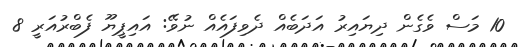
10 މަސް ވެގެން ދިޔައިރު އަދަބެއް ދެވިފައެއް ނުވޭ: އައިޕީޔޫ ފެބްރުއަރީ 8